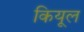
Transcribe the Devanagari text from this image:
कियूल